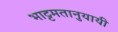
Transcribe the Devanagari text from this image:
भाट्टमतानुयायी